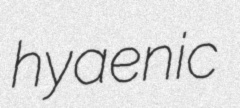
hyaenic